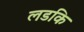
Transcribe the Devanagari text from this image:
लडकि